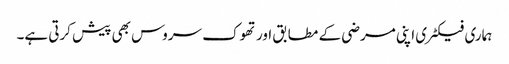
ہماری فیکٹری اپنی مرضی کے مطابق اور تھوک سروس بھی پیش کرتی ہے۔